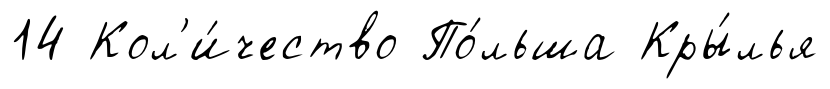
14 Кол'и́чество По́льша Кры́лья